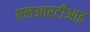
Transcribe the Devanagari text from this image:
एलआरटीआइ